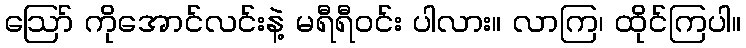
ဪ ကိုအောင်လင်းနဲ့ မရီရီဝင်း ပါလား။ လာကြ၊ ထိုင်ကြပါ။